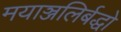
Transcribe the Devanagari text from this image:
मयाञ्जलिर्बद्धो